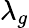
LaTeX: \lambda_{g}